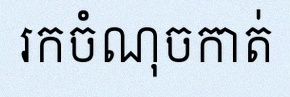
រកចំណុចកាត់